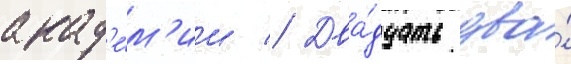
акад'е́м'ии // Два́дцать два́